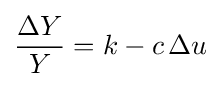
{\frac {\Delta Y}{Y}}=k-c\,\Delta u